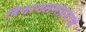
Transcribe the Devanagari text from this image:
विधानसभेप्रमाणे